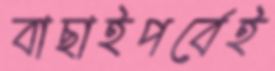
বাছাইপর্বেই